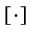
\left[ \cdot \right]